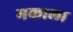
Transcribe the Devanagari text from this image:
मकाला